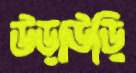
উড়াউড়ি